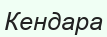
Кендара